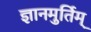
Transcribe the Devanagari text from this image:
ज्ञानमुर्तिम्‌